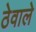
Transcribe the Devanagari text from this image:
ठेवाले